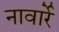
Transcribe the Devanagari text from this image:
नावार्रे